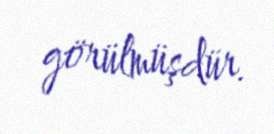
görülmüşdür.